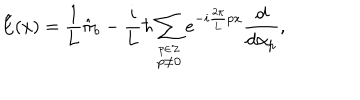
LaTeX: \hat { \mathrm { E } } ( x ) = \frac { 1 } { 1 } { L } \hat { \pi } _ { b } - \frac { i } { i } { L } \hbar \sum _ { \stackrel { p \in \cal Z } { p \neq 0 } } e ^ { - i \frac { 2 \pi } { 2 \pi } { L } p x } \frac { d } { d { \alpha _ { p } } } ,